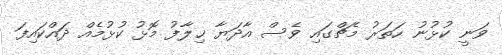
ވަނީ ކުޅުނު ހަތަރު މެޗްގައި ވެސް އާދަޔާ ޚިލާފު މޮޅު ކުޅުމެއް ދައްކައިފަ